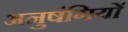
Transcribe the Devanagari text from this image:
अनुषंगियों